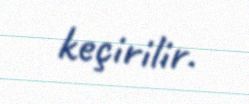
keçirilir.